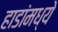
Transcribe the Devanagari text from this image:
हाडांमध्ये